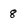
Character: 8